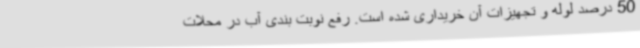
50 درصد لوله و تجهیزات آن خریداری شده است. رفع نوبت بندی آب در محلات